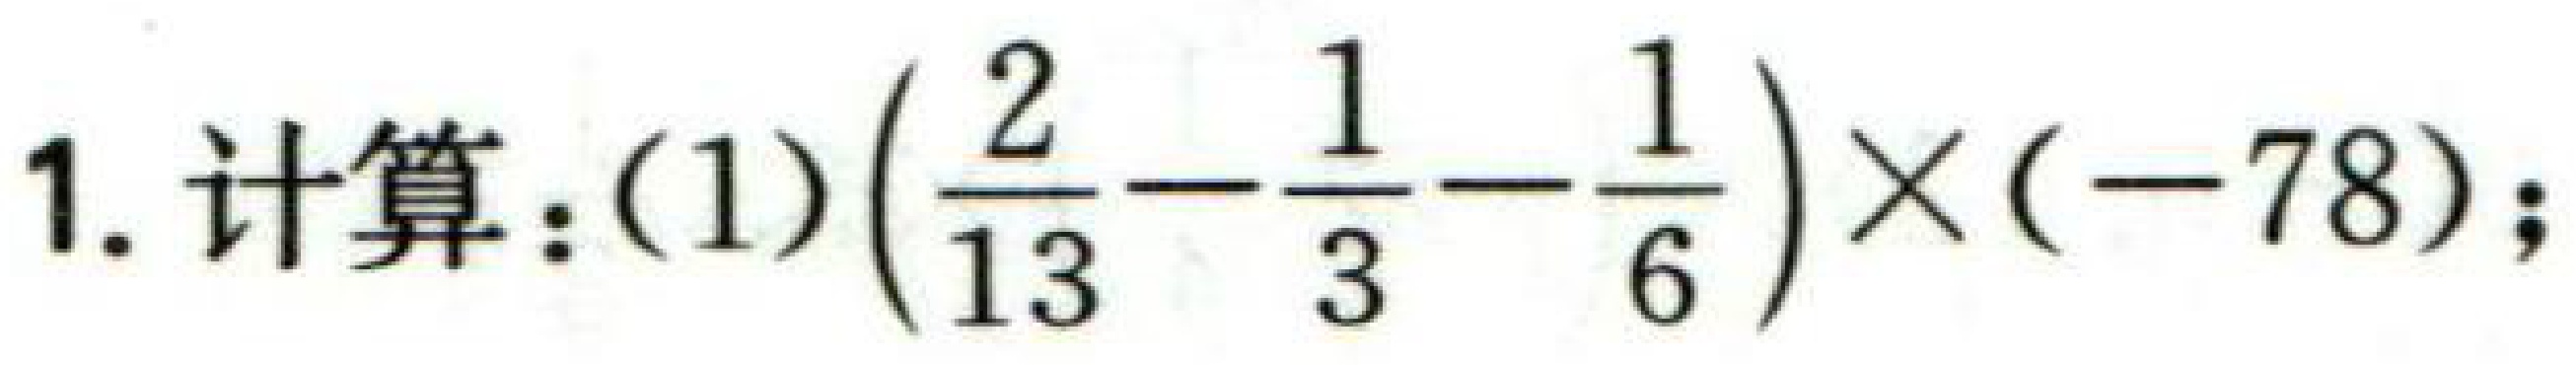
1. 计算：(1)$\left(\frac{2}{13}-\frac{1}{3}-\frac{1}{6}\right)\times(-78)$；